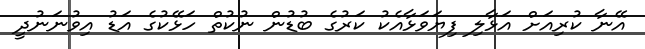
އޭނާ ކުރިއަށް އަޅާލި ފިޔަވަޅާއެކު ކަރުގެ ބުޑުން ނުކުތް ހަޅޭކުގެ އަޑު އިވުނަނުދީ